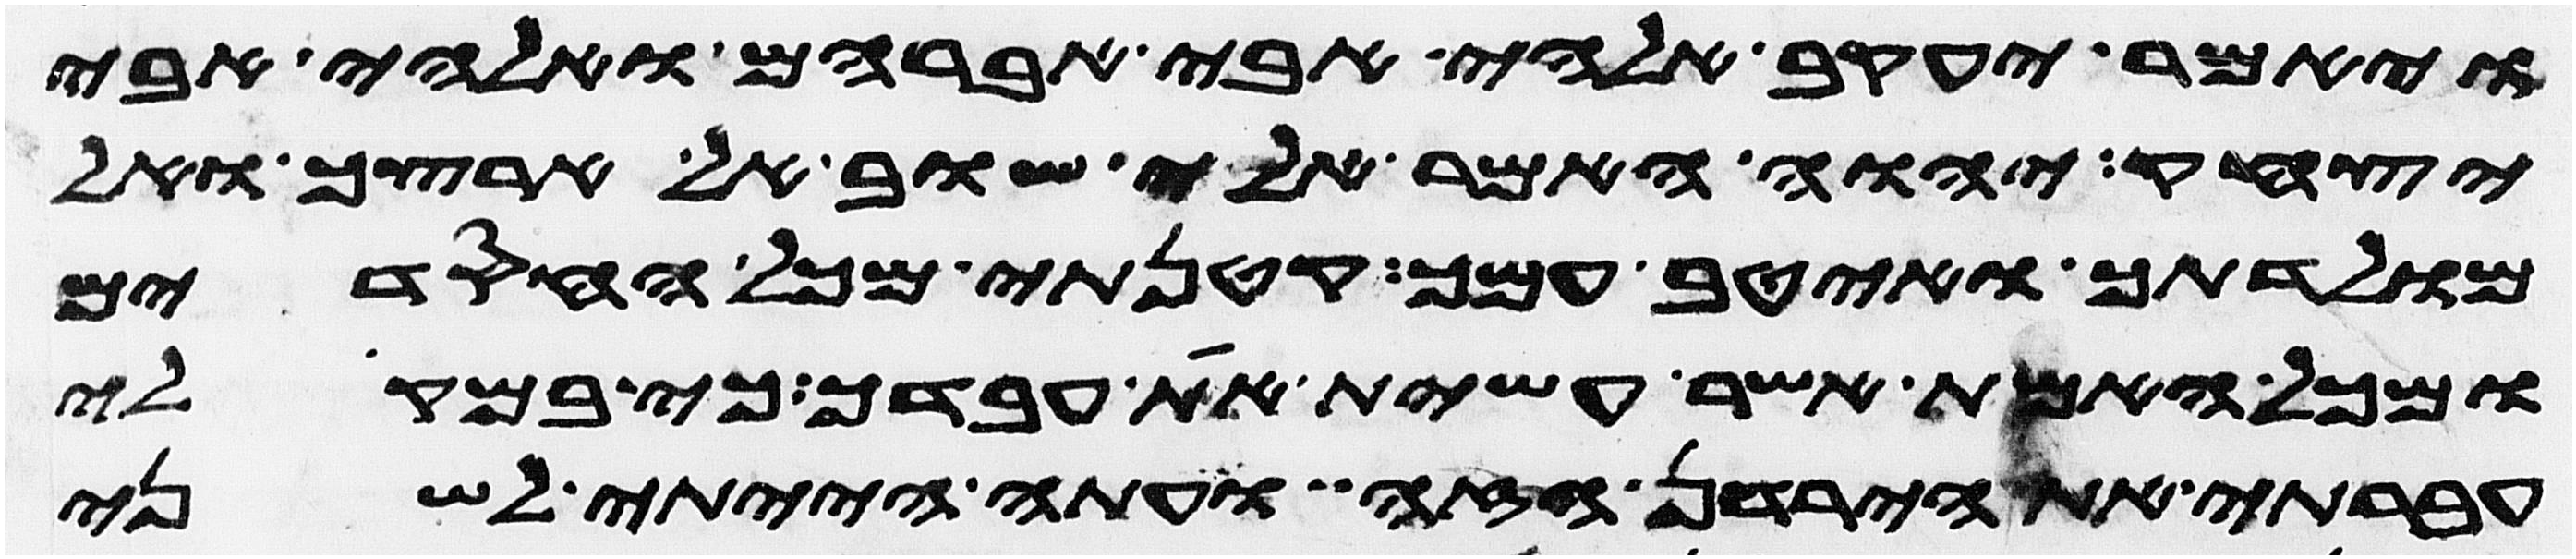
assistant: ויאמר יעקב אלהי אבי אברהם ואלהי אבי
יצחק יהוה אמר אלי שוב אל ארצך ואל
מולדתך ואטיב עמך קטנתי מכל החסדים
ומכל האמת אשר עשית את עבדך כי במקלי
עברתי את הירדן הזה ועתה הייתי לשני